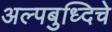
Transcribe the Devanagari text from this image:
अल्पबुध्दिचे